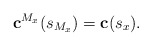
\begin{align*}\bold{c}^{M_{x}}(s_{M_{x}}) = \bold{c}(s_{x}).\end{align*}